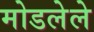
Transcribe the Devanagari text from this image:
मोडलेले